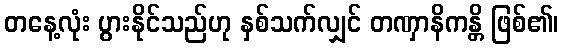
တနေ့လုံး ပွားနိုင်သည်ဟု နှစ်သက်လျှင် တဏှာနိကန္တိ ဖြစ်၏၊